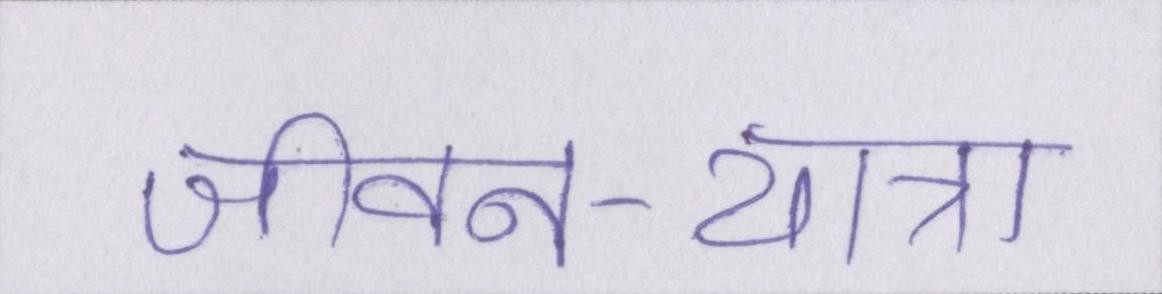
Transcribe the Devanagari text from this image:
जीवन-यात्रा